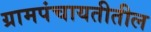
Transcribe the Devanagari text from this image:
ग्रामपंचायतीतील